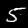
Label: 5